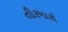
તીરમારો